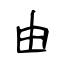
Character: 由